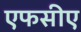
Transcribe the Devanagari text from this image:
एफसीए